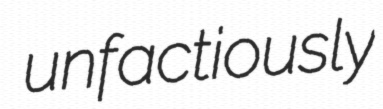
unfactiously